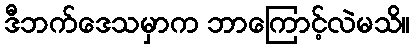
ဒီဘက်ဒေသမှာက ဘာကြောင့်လဲမသိ။